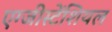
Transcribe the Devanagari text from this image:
एग्जीस्टेंशियल